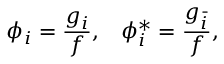
\phi _ { i } = \frac { g _ { i } } { f } , \; \; \; \phi _ { i } ^ { * } = \frac { g _ { \bar { i } } } { f } ,